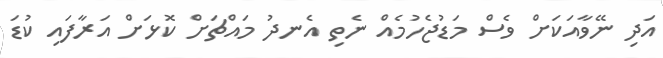
އަދި ނޭވާއަކަށް ވެސް މަޑުޖެހުމެއް ނެތި އެނދު މައްޗަށް ކޮޅަށް އަރާފައި ކުޑަ